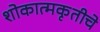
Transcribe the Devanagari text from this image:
शोकात्मकृतीचे